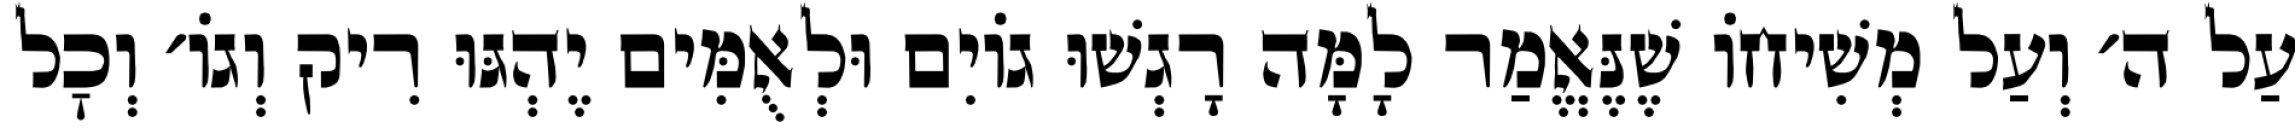
עַל ה׳ וְעַל מְשִׁיחוֹ שֶׁנֶּאֱמַר לָמָּה רָגְשׁוּ גוֹיִם וּלְאֻמִּים יֶהְגּוּ רִיק וְגוֹ׳ וְכׇל